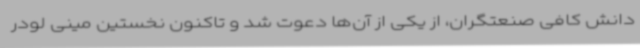
دانش کافی صنعتگران، از یکی از آن‌ها دعوت شد و تاکنون نخستین مینی لودر